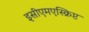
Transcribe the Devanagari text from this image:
इसीएमएस्क्रिप्ट